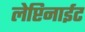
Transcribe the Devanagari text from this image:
लेप्टिनाईट